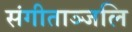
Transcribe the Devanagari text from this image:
संगीताञ्जलि